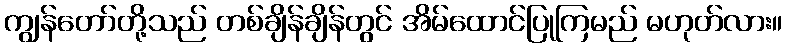
ကျွန်တော်တို့သည် တစ်ချိန်ချိန်တွင် အိမ်ထောင်ပြုကြမည် မဟုတ်လား။